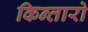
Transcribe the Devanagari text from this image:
किन्तारो